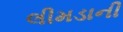
લીમડાની